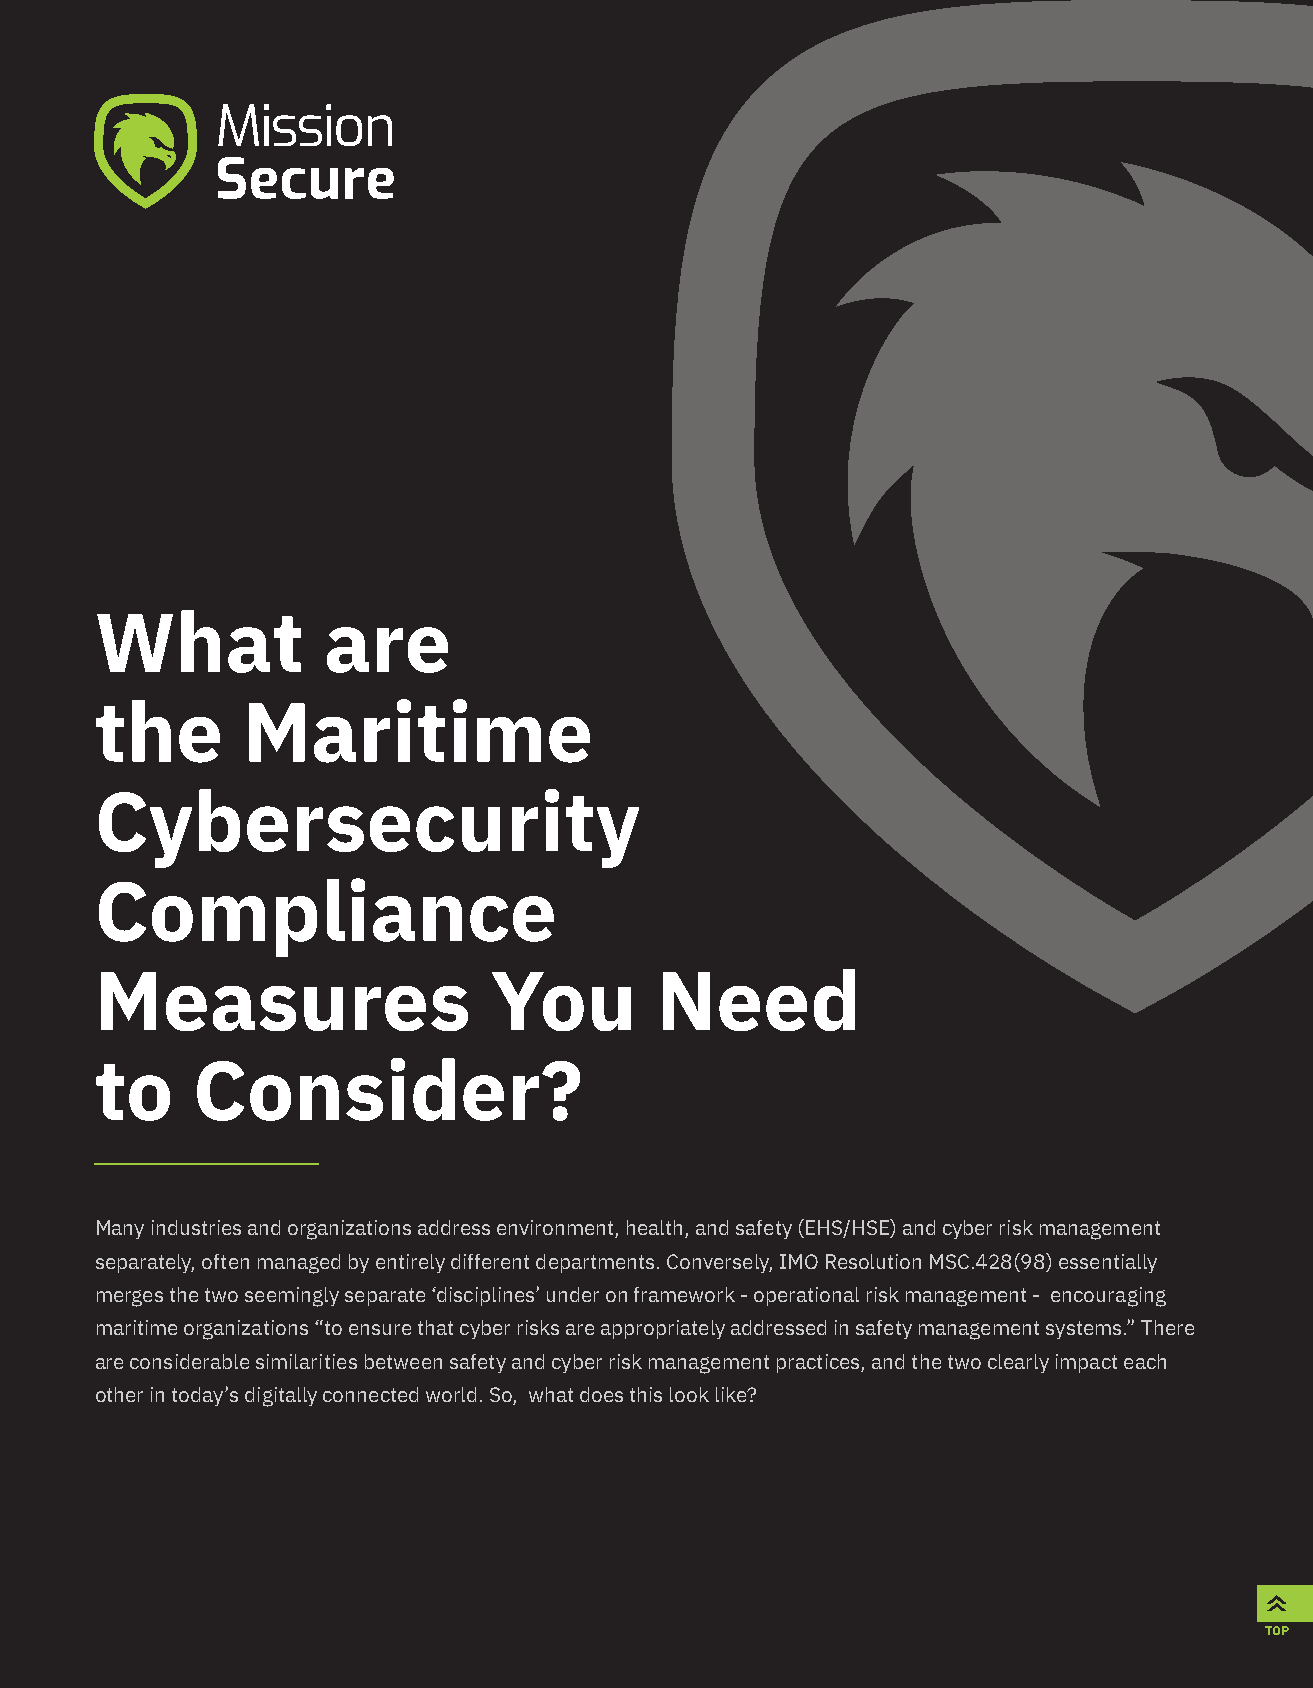
What           are
 the       Maritime
 Cybersecurity
 Compliance
 Measures                  You        Need
 to     Consider?
 Many industries and organizations address environment, health, and safety (EHS/HSE) and cyber risk management
 separately, often managed by entirely different departments. Conversely, IMO Resolution MSC.428(98) essentially
 merges the two seemingly separate ‘disciplines’ under on framework - operational risk management - encouraging
 maritime organizations “to ensure that cyber risks are appropriately addressed in safety management systems.” There
 are considerable similarities between safety and cyber risk management practices, and the two clearly impact each
 other in today’s digitally connected world. So, what does this look like?
 TOP